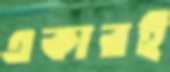
একারই